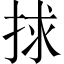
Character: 捄